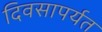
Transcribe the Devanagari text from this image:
दिवसापर्यत